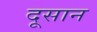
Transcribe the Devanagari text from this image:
दूसान